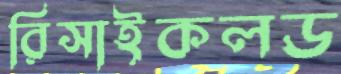
রিসাইকলড